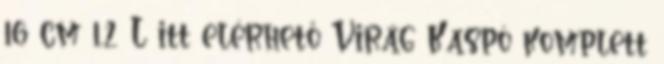
16 cm 1,2 L itt elérhető Virág Kaspó komplett